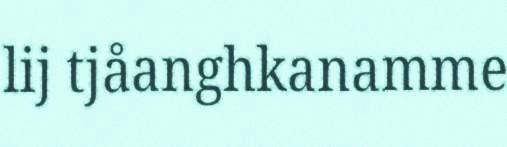
lij tjåanghkanamme